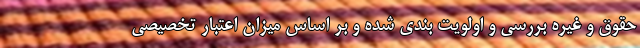
حقوق و غیره بررسی و اولویت بندی شده و بر اساس میزان اعتبار تخصیصی